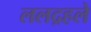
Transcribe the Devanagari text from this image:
ललद्रहले